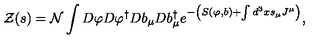
{ \cal Z } ( s ) = { \cal N } \int D \varphi D \varphi ^ { \dagger } D b _ { \mu } D b _ { \mu } ^ { \dagger } e ^ { - \left( S ( \varphi , b ) + \int d ^ { 3 } x s _ { \mu } J ^ { \mu } \right) } ,